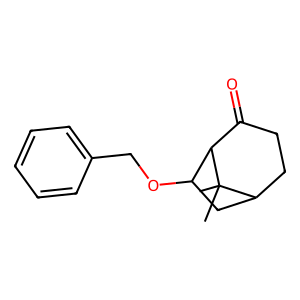
SMILES: CC1(C)C2CCC(=O)C1C(OCc1ccccc1)C2
Inhibits HIV replication: No